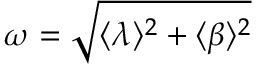
\omega = \sqrt { \langle \lambda \rangle ^ { 2 } + \langle \beta \rangle ^ { 2 } }